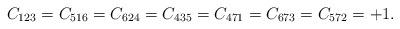
LaTeX: \begin{align*}C_{123}= C_{516} = C_{624} = C_{435} = C_{471} = C_{673} = C_{572} =+1.\end{align*}